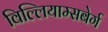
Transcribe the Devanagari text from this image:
विल्लियाम्सबेर्ग